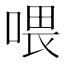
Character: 喂